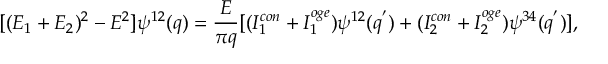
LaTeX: [ ( E _ { 1 } + E _ { 2 } ) ^ { 2 } - E ^ { 2 } ] \psi ^ { 1 2 } ( q ) = { \frac { E } { \pi q } } [ ( I _ { 1 } ^ { c o n } + I _ { 1 } ^ { o g e } ) \psi ^ { 1 2 } ( q ^ { ' } ) + ( I _ { 2 } ^ { c o n } + I _ { 2 } ^ { o g e } ) \psi ^ { 3 4 } ( q ^ { ' } ) ] ,